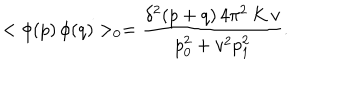
< \phi ( p ) \, \phi ( q ) > _ { 0 } = \frac { \delta ^ { 2 } ( p + q ) \, 4 \pi ^ { 2 } \, K \, v } { p _ { 0 } ^ { 2 } + v ^ { 2 } p _ { 1 } ^ { 2 } } .